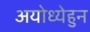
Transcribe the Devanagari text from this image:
अयोध्येहुन